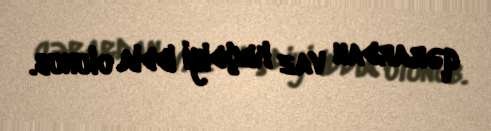
qərardan vaz keçdiyi iddia olunub.